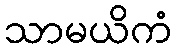
သာမယိကံ